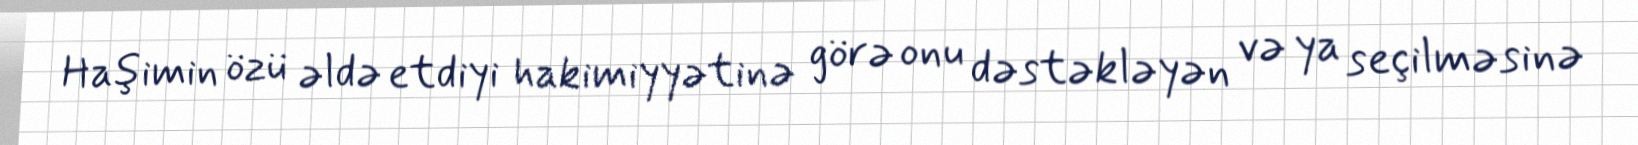
Haşimin özü əldə etdiyi hakimiyyətinə görə onu dəstəkləyən və ya seçilməsinə